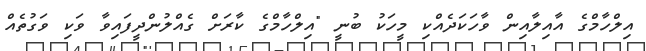
އިލްހާމްގެ އާއިލާއިން ވާހަކަދެއްކި މީހަކު ބުނީ "އިލްހާމްގެ ކާރަށް ގެއްލުންދީފައިވާ ވަކި ވަގުތެއް